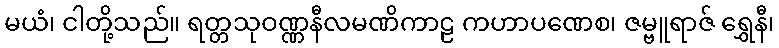
မယံ၊ ငါတို့သည်။ ရတ္တသုဝဏ္ဏနီလမဏိကာဠ ကဟာပဏေစ၊ ဇမ္ဗူရာဇ် ရွှေနီ၊